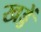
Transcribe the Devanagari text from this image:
खड्डें